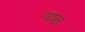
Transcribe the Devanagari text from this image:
वष्र्ज्ञ